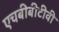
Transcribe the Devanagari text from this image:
एचबीबीटीवी